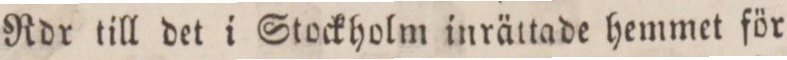
Rdr till det i Stockholm inrättade hemmet för